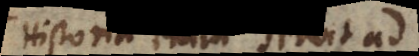
Historia enim servit ad